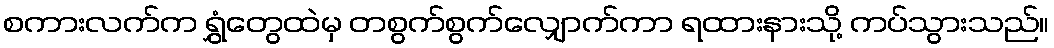
စကားလက်က ရွှံတွေထဲမှ တစွက်စွက်လျှောက်ကာ ရထားနားသို့ ကပ်သွားသည်။